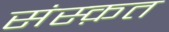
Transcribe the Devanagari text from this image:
संस्‍क़त